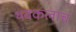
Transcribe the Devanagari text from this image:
थबकलाच